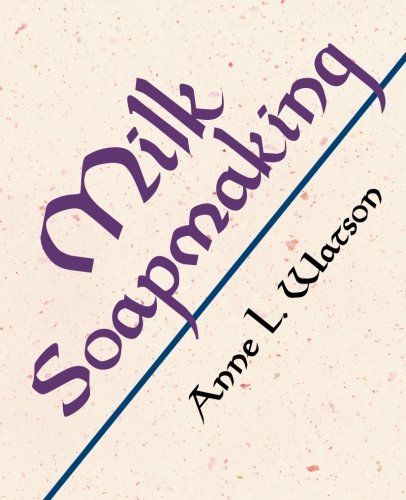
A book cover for Milk Soapmaking: The Smart and Simple Guide to Making Lovely Milk Soap from Scratch with Cow Milk, Goat Milk, Buttermilk, Cream, Coconut Milk, or Any Other Animal or Plant Milk; Anne L. Watson; Crafts, Hobbies & Home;